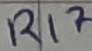
Text: R17